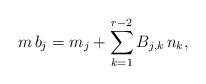
LaTeX: \begin{align*}m \, b_j = m_j + \sum_{k=1}^{r-2} B_{j,k} \, n_k,\end{align*}